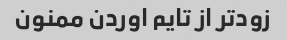
زودتر از تایم اوردن ممنون